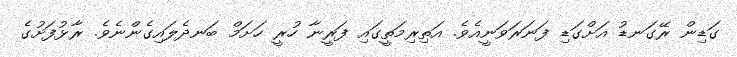
ގަޑިން ރޭގަނޑު އަށްގަޑި ފަނަރަވަނީއެވެ. އަތިރިމަތީގައި ފަރީނާ ހުރީ ހަށަމް ބަނދެލައިގެންނެވެ. ރާޅުފަށުގެ